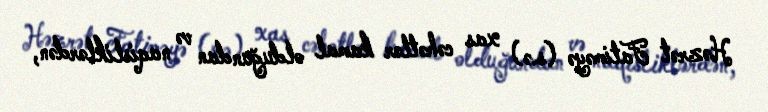
Həzrət Fatiməyə (s.ə) xas cəhətlər kamal olduğundan və naqisliklərdən,